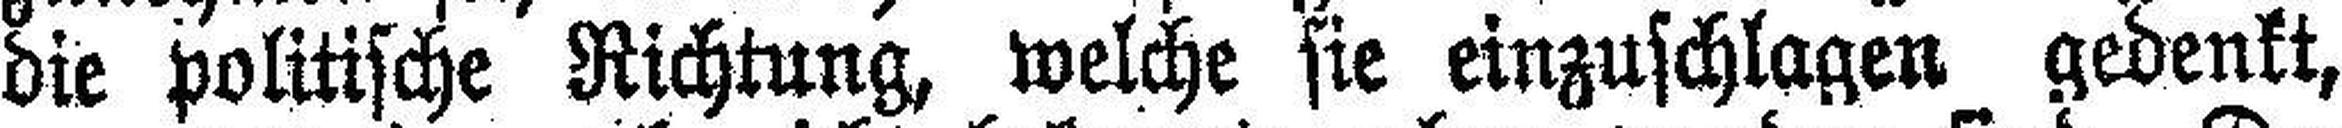
die politische Richtung, welche sie einzuschlagen gedenkt,